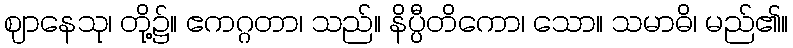
ဈာနေသု၊ တို့၌။ ဧကဂ္ဂတာ၊ သည်။ နိပ္ပီတိကော၊ သော။ သမာဓိ၊ မည်၏။